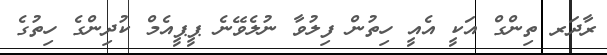
ރާދަރ ތިންގް އަކީ އެއީ ހިތުން ފިލުވާ ނުލެވޭނެ ޕީޕީއެމް ކުދިންގެ ހިތުގެ